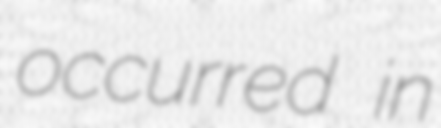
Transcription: occurred in